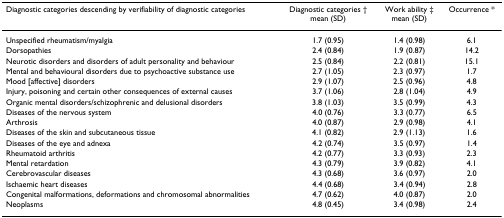
<table><thead><tr><td><b>Diagnostic categories descending by verifiability of diagnostic categories</b></td><td><b>Diagnostic categories † mean (SD)</b></td><td><b>Work ability ‡ mean (SD)</b></td><td><b>Occurrence *</b></td></tr></thead><tbody><tr><td>Unspecified rheumatism/myalgia</td><td>1.7 (0.95)</td><td>1.4 (0.98)</td><td>6.1</td></tr><tr><td>Dorsopathies</td><td>2.4 (0.84)</td><td>1.9 (0.87)</td><td>14.2</td></tr><tr><td>Neurotic disorders and disorders of adult personality and behaviour</td><td>2.5 (0.84)</td><td>2.2 (0.81)</td><td>15.1</td></tr><tr><td>Mental and behavioural disorders due to psychoactive substance use</td><td>2.7 (1.05)</td><td>2.3 (0.97)</td><td>1.7</td></tr><tr><td>Mood [affective] disorders</td><td>2.9 (1.07)</td><td>2.5 (0.96)</td><td>4.8</td></tr><tr><td>Injury, poisoning and certain other consequences of external causes</td><td>3.7 (1.06)</td><td>2.8 (1.04)</td><td>4.9</td></tr><tr><td>Organic mental disorders/schizophrenic and delusional disorders</td><td>3.8 (1.03)</td><td>3.5 (0.99)</td><td>4.3</td></tr><tr><td>Diseases of the nervous system</td><td>4.0 (0.76)</td><td>3.3 (0.77)</td><td>6.5</td></tr><tr><td>Arthrosis</td><td>4.0 (0.87)</td><td>2.9 (0.98)</td><td>4.1</td></tr><tr><td>Diseases of the skin and subcutaneous tissue</td><td>4.1 (0.82)</td><td>2.9 (1.13)</td><td>1.6</td></tr><tr><td>Diseases of the eye and adnexa</td><td>4.2 (0.74)</td><td>3.5 (0.97)</td><td>1.4</td></tr><tr><td>Rheumatoid arthritis</td><td>4.2 (0.77)</td><td>3.3 (0.93)</td><td>2.3</td></tr><tr><td>Mental retardation</td><td>4.3 (0.79)</td><td>3.9 (0.82)</td><td>4.1</td></tr><tr><td>Cerebrovascular diseases</td><td>4.3 (0.68)</td><td>3.6 (0.97)</td><td>2.0</td></tr><tr><td>Ischaemic heart diseases</td><td>4.4 (0.68)</td><td>3.4 (0.94)</td><td>2.8</td></tr><tr><td>Congenital malformations, deformations and chromosomal abnormalities</td><td>4.7 (0.62)</td><td>4.0 (0.87)</td><td>2.0</td></tr><tr><td>Neoplasms</td><td>4.8 (0.45)</td><td>3.4 (0.98)</td><td>2.4</td></tr></tbody></table>